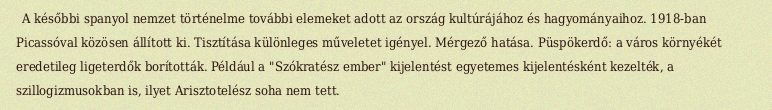
A későbbi spanyol nemzet történelme további elemeket adott az ország kultúrájához és hagyományaihoz. 1918-ban Picassóval közösen állított ki. Tisztítása különleges műveletet igényel. Mérgező hatása. Püspökerdő: a város környékét eredetileg ligeterdők borították. Például a "Szókratész ember" kijelentést egyetemes kijelentésként kezelték, a szillogizmusokban is, ilyet Arisztotelész soha nem tett.